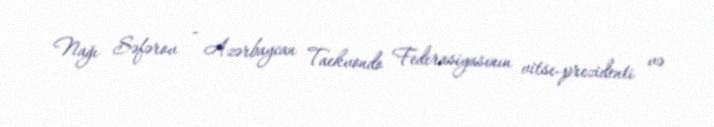
Nağı Səfərov - Azərbaycan Taekvondo Federasiyasının vitse-prezidenti və